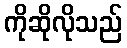
ကိုဆိုလိုသည်